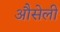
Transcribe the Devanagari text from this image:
औसेली